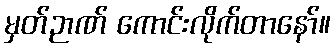
မှတ်ဉာဏ် ကောင်းလိုက်တာနော်။